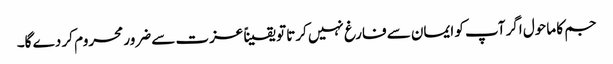
جم کا ماحول اگر آپ کو ایمان سے فارغ نہیں کرتا تو یقیناً عزت سے ضرور محروم کر دے گا۔